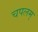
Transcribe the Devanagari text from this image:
चपलम्